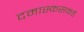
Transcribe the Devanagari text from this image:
दमास्कसकडे